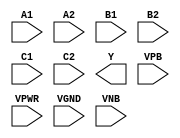
module sky130_fd_sc_ms__a222oi (
    //# {{data|Data Signals}}
    input  A1  ,
    input  A2  ,
    input  B1  ,
    input  B2  ,
    input  C1  ,
    input  C2  ,
    output Y   ,

    //# {{power|Power}}
    input  VPB ,
    input  VPWR,
    input  VGND,
    input  VNB
);
endmodule